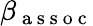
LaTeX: \beta_{\mathrm{~a~s~s~o~c~}}